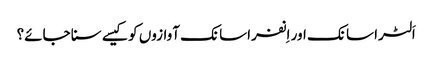
اَلٹرا سانک اور اِنفراسانک آوازوں کو کیسے سنا جائے؟